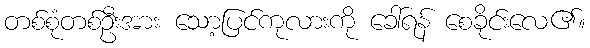
တစ်စုံတစ်ဦးအား သော့ပြင်ကုလားကို ခေါ်ရန် စေခိုင်းလေ၏။